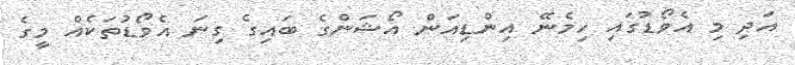
އަދި މި އެވޯޑުގައި ހިމެނޭ އިންޑިއަން އޯޝަންގެ ބަައިގެ ގިނަ އެވޯޑުތަކެއް މީގެ